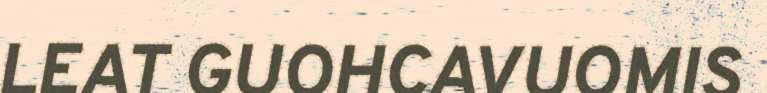
LEAT GUOHCAVUOMIS